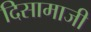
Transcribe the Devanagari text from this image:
दिसामाजी